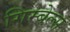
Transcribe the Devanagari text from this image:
गिम्बेल्स